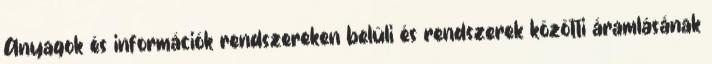
Anyagok és információk rendszereken belüli és rendszerek közötti áramlásának